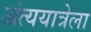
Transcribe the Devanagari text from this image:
अंत्ययात्रेला